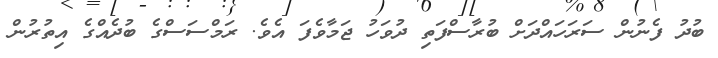
ބުދު ފެނުން ސަރަހައްދަށް ބުރާސްފަތި ދުވަހު ޖަމާވެފަ އެވެ. ރަމްސަސްގެ ބުދެއްގެ އިތުރުން